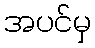
အပင်မှ